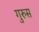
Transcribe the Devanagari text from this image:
गुरुस